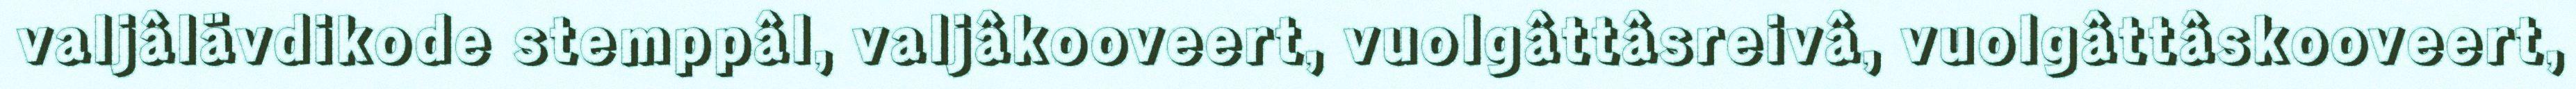
valjâlävdikode stemppâl, valjâkooveert, vuolgâttâsreivâ, vuolgâttâskooveert,